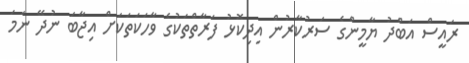
ރައީސް އަބްދު ޔާމީންގެ ސަރުކާރުން އިދިކޮޅު ފަރާތްތަކުގެ ވާހަކަތަކަށް އިޖާބަ ނުދޭ ނަމަ